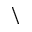
\backslash